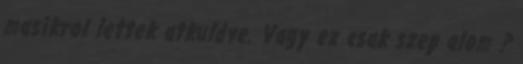
masikrol lettek atkuldve. Vagy ez csak szep alom ?